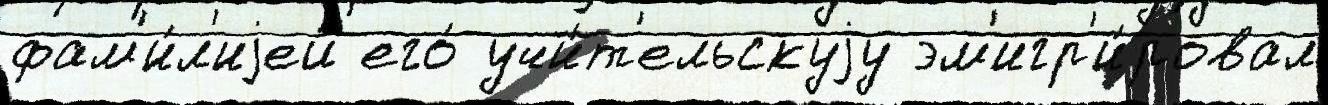
фам'и́л'иjей его́ учи́т'ельскуjу эм'игр'и́ровал